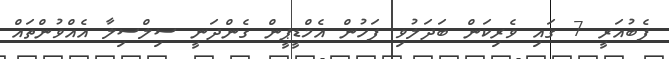
ފެބުއަރީ 7 ގައި ވެރިކަން ބަދަލުވި ފަހުން އެމްޑީޕީން ގެންދަނީ ސިލްސިލާ އެއްވުންތައް